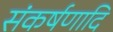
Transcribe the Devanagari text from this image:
संकर्षणादि